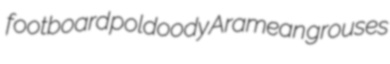
footboard poldoody Aramean grouses